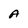
Character: A